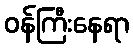
ဝန်ကြီးနေရာ